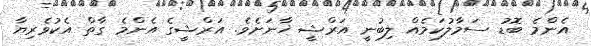
އެންމެ ބޮޑު ސަމާލުކަމެއް ލިބުނީ އަރްޝީ ޚާނަށެވެ. އަރްޝީގެ އެންމެ ގާތް އެކުވެރިޔާ